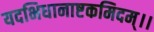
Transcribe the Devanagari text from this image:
यदभिधानाष्टकमिदम्।।